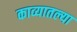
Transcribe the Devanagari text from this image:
काव्यातल्या